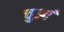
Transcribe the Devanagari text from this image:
चुआं